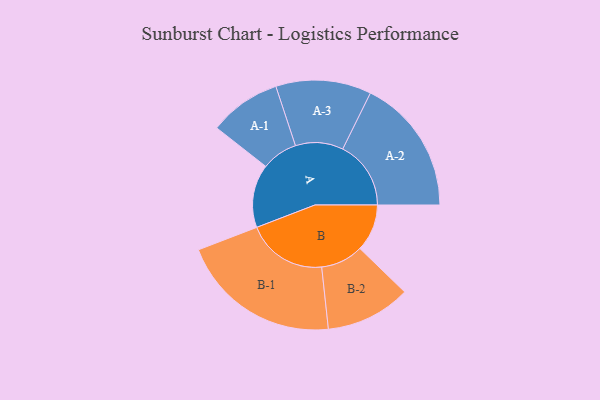
{"axis": {"x": "Segment", "y": "Value"}, "legend": ["", "A", "B"], "data": [{"x": "A", "y": 232, "type": ""}, {"x": "B", "y": 173, "type": ""}, {"x": "A-1", "y": 132, "type": "A"}, {"x": "A-2", "y": 250, "type": "A"}, {"x": "A-3", "y": 175, "type": "A"}, {"x": "B-1", "y": 295, "type": "B"}, {"x": "B-2", "y": 156, "type": "B"}]}